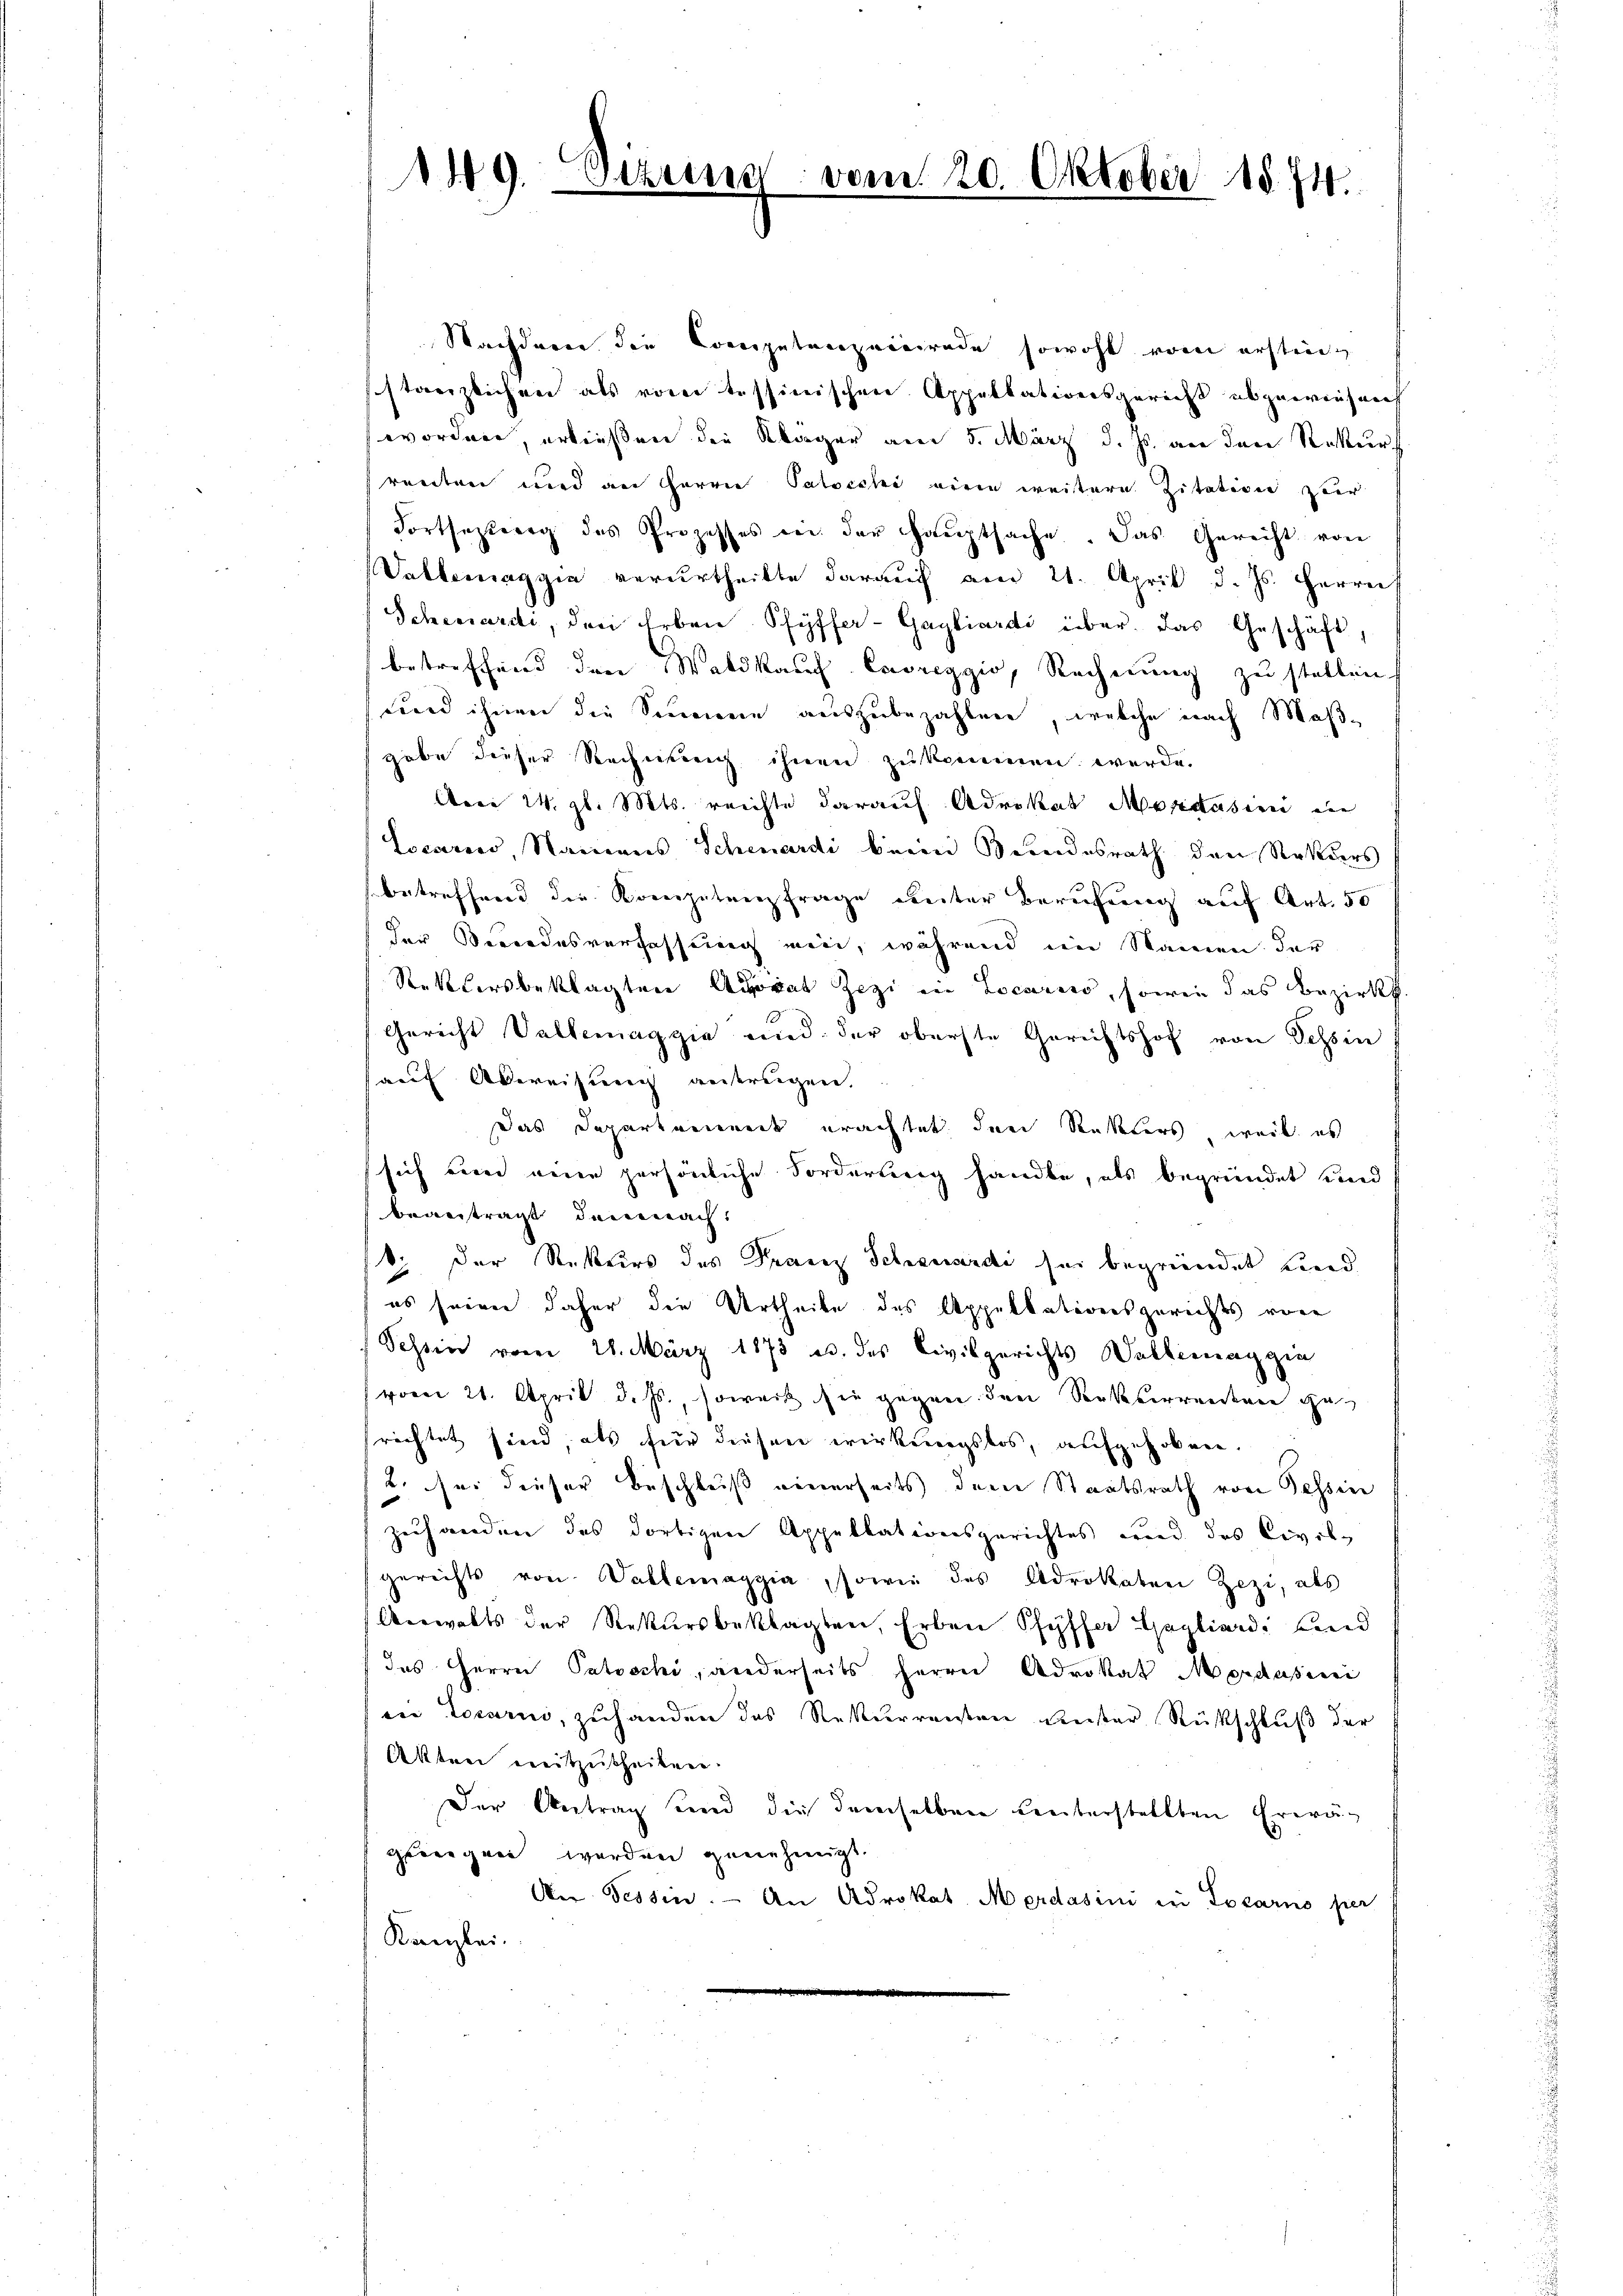
149. Sizung

vom 20. Oktober 1874.

Nachdern die Competenzeigerade sowohl vom erstinct
sstanzlichen als vom tessinischen Appellationsgericht abgewiesen
worden, erließen die Kläger am 5. März d. Js. an den Rekur
renten und an Herrn Patocchi eine weitere Zitation zuer
Fortsezung des Prozesses in der Haŭptsache. Das Gericht von
Vattermaggia verurtheilte darauf am 21. April d. Js. Herrn
Scheviarde, den Erben Pfyffer-Gayliardi über. Das Geschäft,
betreffend den Waldkauf Cavreggio, Rechnung zu stellen.
uard ihnen die Sinnern auszubezahlen, welche nach Maßgabe dieser Rechnung ihnen zukommen werde.
Arei 24. gl. Mts. reichte darauf Advokat Mordásini in
Locario, Namens Schenardi beim Bundesrath den Rokders
betreffend die Kompetenzfrage weiter Berufung auf Art. 50
der Bordesverfassung ein, während im Namen der
Rettersbeklagten Adorat Zezi in Locarno, sowie das Bezirks
Gericht Vallemaggia und der oberste Gerichtshof von Tessin
auf Abweisung antragen.
Das Departement erachtet den Rekters, weil es
sich einer eine persönliche Forderung handle, als begründet und
beantragt demnach
8. Der Rekurs des Praerz Schenardi sei begründet und
es seien daher die Urtheile des Appellationsgerichts von
Schsen vom 21. März 1873 u. des Civilgerichts Wallemaggia
vom 21. April d. Js., soweit sie gegen den Serkverwendenen ge
richtet sind, als für diesen wirkungslos, aufgehoben.
2. sei dieser Beschluß einerseits dem Staatsrath von Tessin
zuhanden des dortigen Appellationsgerichtes und des Civilg
gerichts von Wallemaggia, sowie des Advokaten Zezi, als
Anwalts der Rekursbeklagten, Erben Pfyffe agliardi und
das Herrn Patoschi, anderseits Herrn Advokat Mordásicei
ein Locarii, zuhanden das Rekurrenten Anster Rückschlŭβ der
Akten ereitzutheilen.
Der Antrag und die demselben unterstellten Ererägeeigen werden genehmigt.
Aer Tessin. - An Advokat Merdasini in Locarno per
Kanzlei.